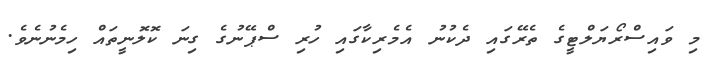
މި ވައިސްރޯޔަލްޓީގެ ތެރޭގައި ދެކުނު އެމެރިކާގައި ހުރި ސްޕޭނުގެ ގިނަ ކޮލޮނީތައް ހިމެނުނެވެ.